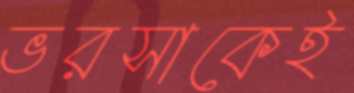
ভরসাকেই